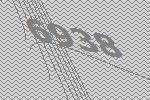
6938